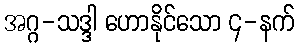
အဂ္ဂ-သဒ္ဒါ ဟောနိုင်သော ၄-နက်